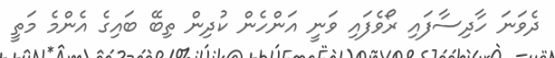
ދެވަނަ ހާދިސާފައި ރޯވެފައި ވަނީ އަންހެން ކުދިން ތިބޭ ބައިގެ އެންމެ މަތީ